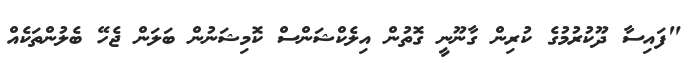
"ފައިސާ ދޫކުރުމުގެ ކުރިން ގާނޫނީ ގޮތުން އިލެކްޝަންސް ކޮމިޝަނުން ބަލަން ޖެހޭ ބެލުންތަކެއް